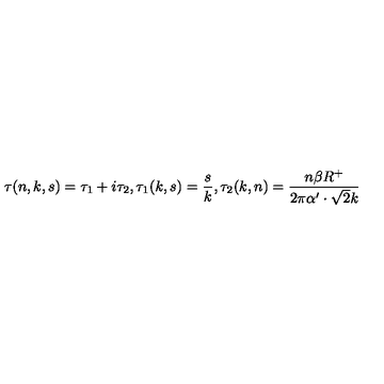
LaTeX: \tau ( n , k , s ) = \tau _ { 1 } + i \tau _ { 2 } , \tau _ { 1 } ( k , s ) = \frac { s } { k } , \tau _ { 2 } ( k , n ) = \frac { n \beta R ^ { + } } { 2 \pi \alpha ^ { \prime } \cdot \sqrt { 2 } k }